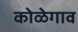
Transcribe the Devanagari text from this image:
कोळेगाव